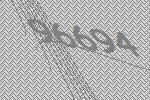
96694